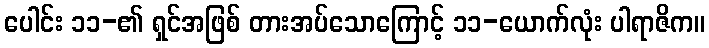
ပေါင်း ၁၁-၏ ရှင်အဖြစ် တားအပ်သောကြောင့် ၁၁-ယောက်လုံး ပါရာဇိက။